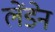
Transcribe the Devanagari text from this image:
लेंडेन